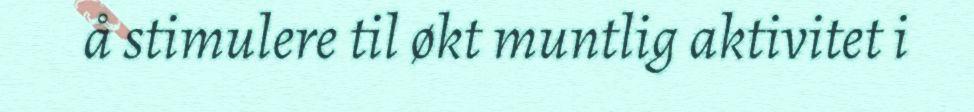
å stimulere til økt muntlig aktivitet i